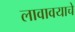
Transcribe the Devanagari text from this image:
लावावयाचे